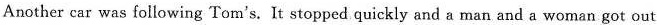
Another car was following Tom's. It stopped quickly and a man and a woman got out